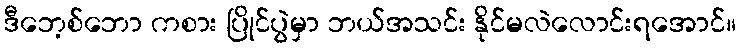
ဒီဘေ့စ်ဘော ကစား ပြိုင်ပွဲမှာ ဘယ်အသင်း နိုင်မလဲလောင်းရအောင်။